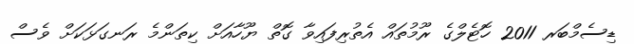
ޑިސެމްބަރ 2011 ހޮޓެލްގެ ރޫމުތައް އެތުރިފައިވާ ގޮތް ޔޫހާއަށް ކިތަންމެ ރަނގަޅަކަށް ވެސް